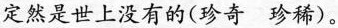
定然是世上没有的(珍奇珍稀)。